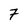
Character: 7